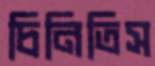
চিনিতিস